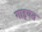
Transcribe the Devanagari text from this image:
गाइयत